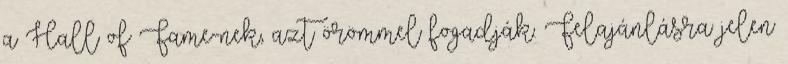
a Hall of Fame-nek, azt örömmel fogadják. Felajánlásra jelen